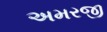
અમરજી